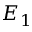
E _ { 1 }